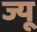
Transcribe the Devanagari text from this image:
ज्‍यू